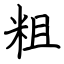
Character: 粗